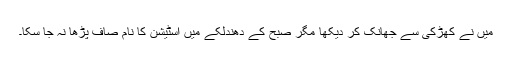
میں نے کھڑکی سے جھانک کر دیکھا مگر صبح کے دھندلکے میں اسٹیشن کا نام صاف پڑھا نہ جا سکا۔